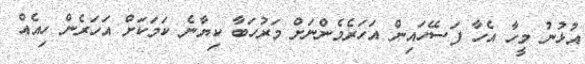
އުޅުނު މީހާ އެހާ ފަސޭހައިން އަހަރެމެންނަށް މަރުހަބާ ކިޔާނެ ކަމަކަށް އަހަރެން ހިއެއް